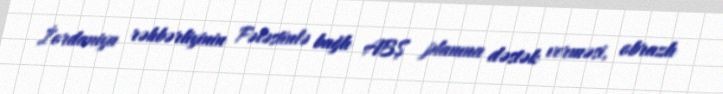
İordaniya rəhbərliyinin Fələstinlə bağlı ABŞ planına dəstək verməsi, obrazlı